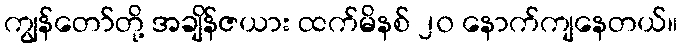
ကျွန်တော်တို့ အချိန်ဇယား ထက်မိနစ် ၂၀ နောက်ကျနေတယ်။